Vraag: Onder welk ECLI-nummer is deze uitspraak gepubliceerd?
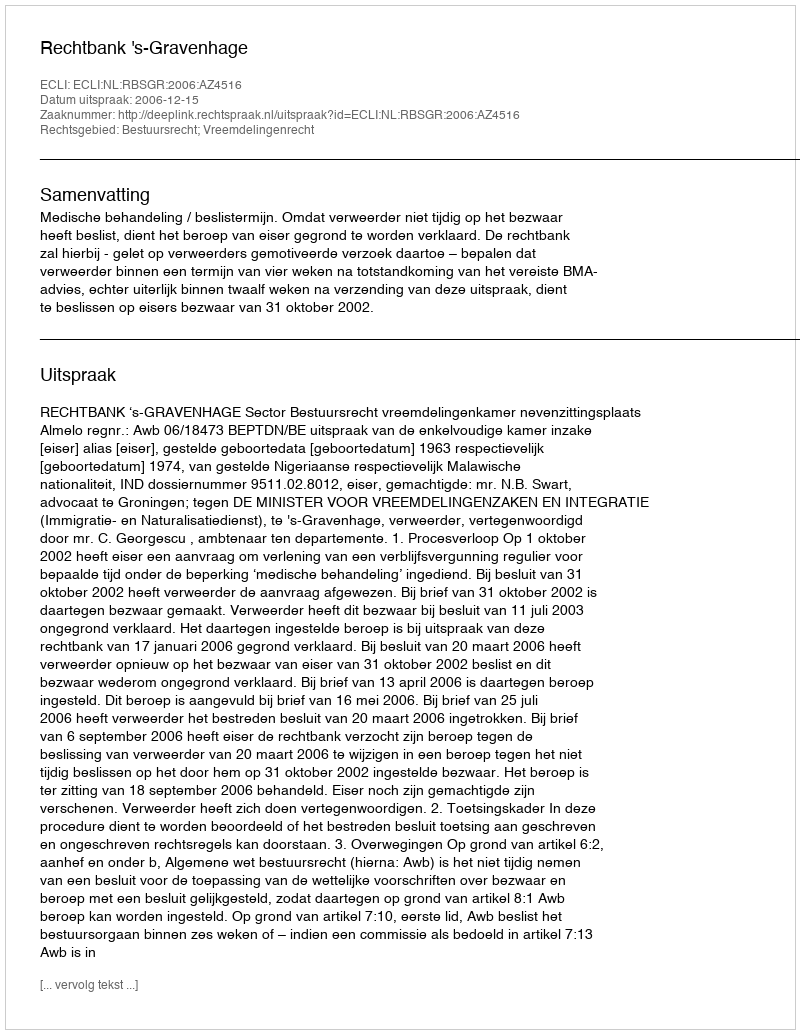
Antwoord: ECLI:NL:RBSGR:2006:AZ4516